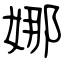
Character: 娜